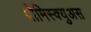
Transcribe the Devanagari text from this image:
प्रोमिस्क्युअस